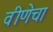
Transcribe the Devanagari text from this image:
वीणेचा